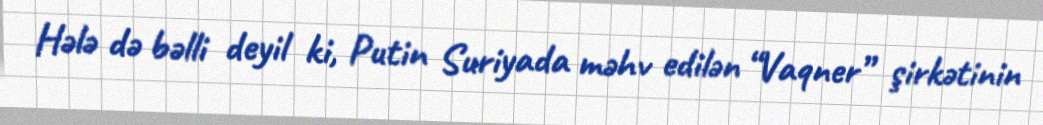
Hələ də bəlli deyil ki, Putin Suriyada məhv edilən “Vaqner” şirkətinin